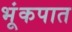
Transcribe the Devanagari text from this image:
भूंकपात